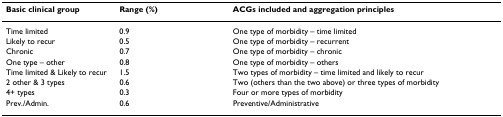
| Basic clinical group | Range (%) | ACGs included and aggregation principles |
 | --- | --- | --- |
 | Time limited | 0.9 | One type of morbidity – time limited |
 | Likely to recur | 0.5 | One type of morbidity – recurrent |
 | Chronic | 0.7 | One type of morbidity – chronic |
 | One type – other | 0.8 | One type of morbidity – others |
 | Time limited & Likely to recur | 1.5 | Two types of morbidity – time limited and likely to recur |
 | 2 other & 3 types | 0.6 | Two (others than the two above) or three types of morbidity |
 | 4+ types | 0.3 | Four or more types of morbidity |
 | Prev./Admin. | 0.6 | Preventive/Administrative |